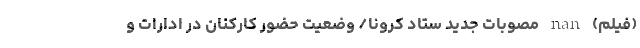
(فیلم) nan مصوبات جدید ستاد کرونا/ وضعیت حضور کارکنان در ادارات و